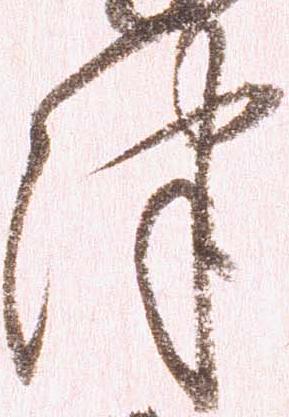
津